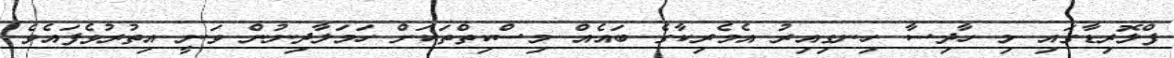
ފްލޮރިޑާގައި މި ހާދިސާ ހިނގިއިރު އެމެރިކާގެ ބައެއް މިސްކިތްތަކަށް ހަމަލާދިނުން ވަނީ އިތުރުވެފައެވެ.